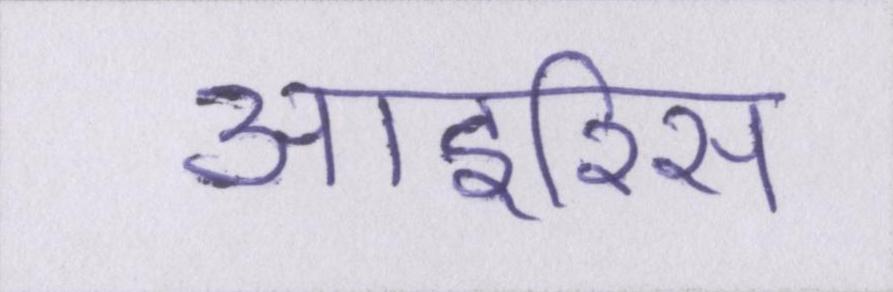
आइरिस